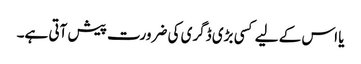
یا اس کے لیے کسی بڑی ڈگری کی ضرورت پیش آتی ہے۔